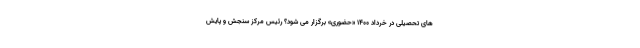
های تحصیلی در خرداد ۱۴۰۰ «حضوری» برگزار می شود؟ رئیس مرکز سنجش و پایش